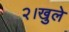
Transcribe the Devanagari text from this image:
२।खुले